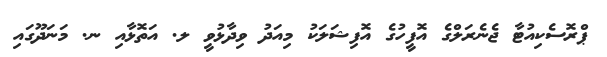
ޕްރޮސެކިއުޓާ ޖެނެރަލްގެ އޮފީހުގެ އޮފިޝަލަކު މިއަދު ވިދާޅުވީ ލ. އަތޮޅާއި ނ. މަނަދޫގައި